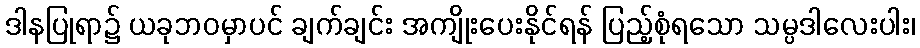
ဒါနပြုရာ၌ ယခုဘဝမှာပင် ချက်ချင်း အကျိုးပေးနိုင်ရန် ပြည့်စုံရသော သမ္ပဒါလေးပါး၊